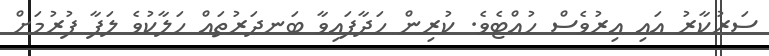
ސަރުކާރު އައި އިރުވެސް ހުއްޓެވެ. ކުރިން ހަދާފައިވާ ބަނދަރުތައް ހަލާކުވެ ލަފާ ފުރުމަށް